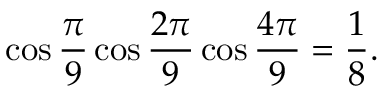
\cos { \frac { \pi } { 9 } } \cos { \frac { 2 \pi } { 9 } } \cos { \frac { 4 \pi } { 9 } } = { \frac { 1 } { 8 } } .